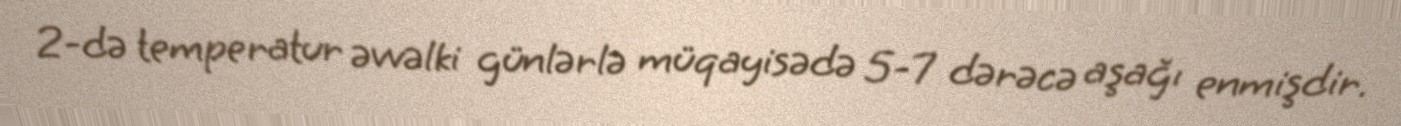
2-də temperatur əvvəlki günlərlə müqayisədə 5-7 dərəcə aşağı enmişdir.